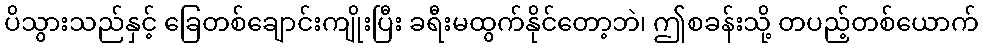
ပိသွားသည်နှင့် ခြေတစ်ချောင်းကျိုးပြီး ခရီးမထွက်နိုင်တော့ဘဲ၊ ဤစခန်းသို့ တပည့်တစ်ယောက်